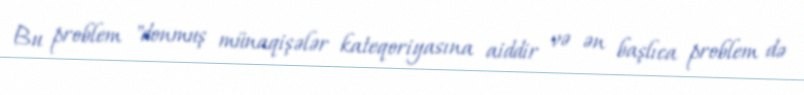
Bu problem "donmuş münaqişələr kateqoriyasına aiddir və ən başlıca problem də